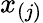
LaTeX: x_{(j)}